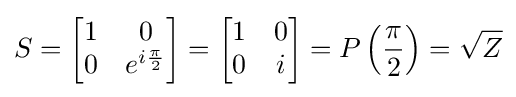
S={\begin{bmatrix}1&0\\0&e^{i{\frac {\pi }{2}}}\end{bmatrix}}={\begin{bmatrix}1&0\\0&i\end{bmatrix}}=P\left({\frac {\pi }{2}}\right)={\sqrt {Z}}